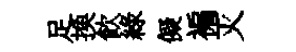
足换飮綠儗褊灭